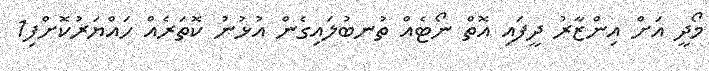
މޯދީ އަށް އިންޒާރު ދީފައި އޮތް ނޯޓެއް ތުނބުލައިގެން އުޅުނު ކޮތަރެއް ހައްޔަރުކޮށްފި1